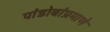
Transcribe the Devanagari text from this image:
पांडोबांप्रमाणे